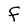
Character: F